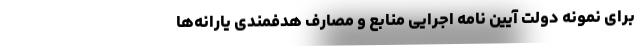
برای نمونه دولت آیین نامه اجرایی منابع و مصارف هدفمندی یارانه‌ها